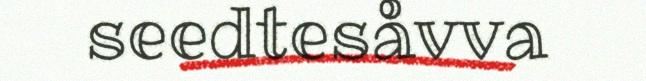
seedtesåvva